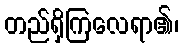
တည်ရှိကြလေရာ၏၊